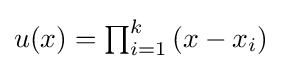
{\textstyle u(x)=\prod _{i=1}^{k}{(x-x_{i})}}